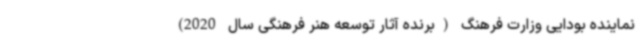
نماینده بودایی وزارت فرهنگ (برنده آثار توسعه هنر فرهنگی سال 2020)